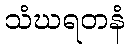
သံဃရတနံ